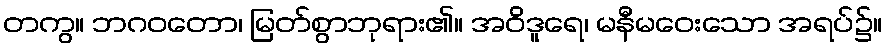
တကွ။ ဘဂဝတော၊ မြတ်စွာဘုရား၏။ အဝိဒူရေ၊ မနီမဝေးသော အရပ်၌။